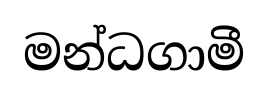
මන්ධගාමී